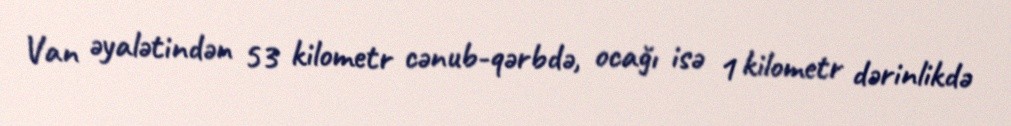
Van əyalətindən 53 kilometr cənub-qərbdə, ocağı isə 1 kilometr dərinlikdə